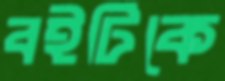
বইটিকে